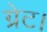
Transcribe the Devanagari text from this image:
ग्रेट।